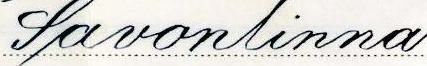
Savonlinna